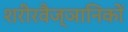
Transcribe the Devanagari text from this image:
शरीरवैज्ञानिकों